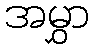
အမွှာ